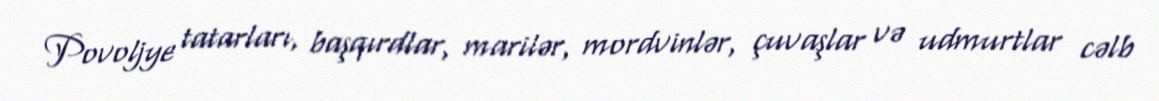
Povoljye tatarları, başqırdlar, marilər, mordvinlər, çuvaşlar və udmurtlar cəlb